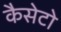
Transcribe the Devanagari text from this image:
कैसेटो